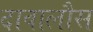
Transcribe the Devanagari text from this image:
दावालौस